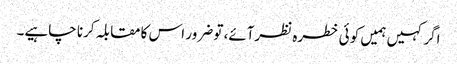
اگر کہیں ہمیں کو ئی خطرہ نظرآئے، تو ضرور اس کا مقابلہ کرنا چاہیے۔